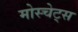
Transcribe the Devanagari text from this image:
मोस्चेट्स